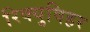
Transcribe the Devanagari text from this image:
रिक्युविहर